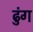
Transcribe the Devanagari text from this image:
ढुंग